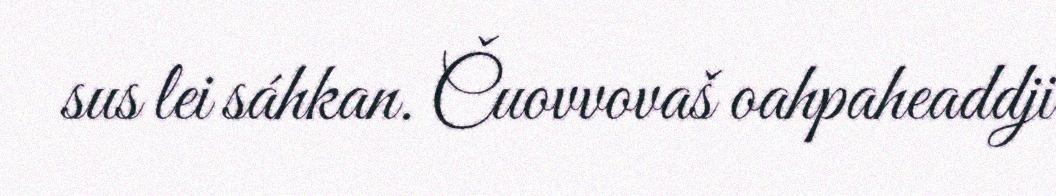
sus lei sáhkan. Čuovvovaš oahpaheaddji